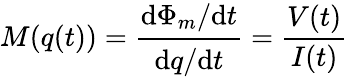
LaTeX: M(q(t))={\cfrac{\mathrm{d}\Phi_{m}/\mathrm{d}t}{\mathrm{d}q/\mathrm{d}t}}={\frac{V(t)}{I(t)}}